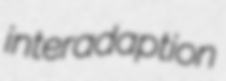
interadaption